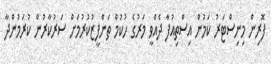
ފޮރިން މިނިސްޓަރު ކަމުން އިސްތިއުފާ ދެއްވީ މަރުގެ ހުކުމް ތަންފީޒުކުރުމަށް ސަރުކާރުން ކުރަމުންދާ